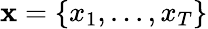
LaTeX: \mathbf{x}=\{ x_{1},...,x_{T}\}